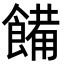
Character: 𩝳